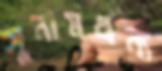
সুনামধন্য